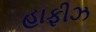
હાફીઝ